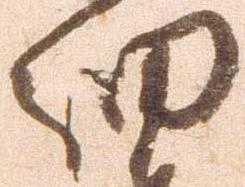
細